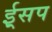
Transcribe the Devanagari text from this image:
ई्सप